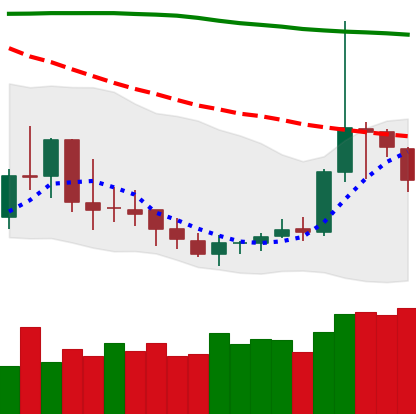
Ticker: DOGE-USD
Chart end date: 2019-09-21
Forward return: -16.667%
Label: down_7plus